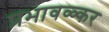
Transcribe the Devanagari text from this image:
प्रभावळ्कर